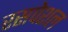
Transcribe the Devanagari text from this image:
रसपेशल